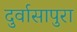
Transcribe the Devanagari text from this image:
दुर्वासापुरा